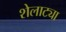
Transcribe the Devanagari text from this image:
शेलाट्या